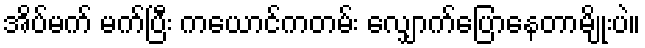
အိပ်မက် မက်ပြီး ကယောင်ကတမ်း လျှောက်ပြောနေတာမျိုးပဲ။